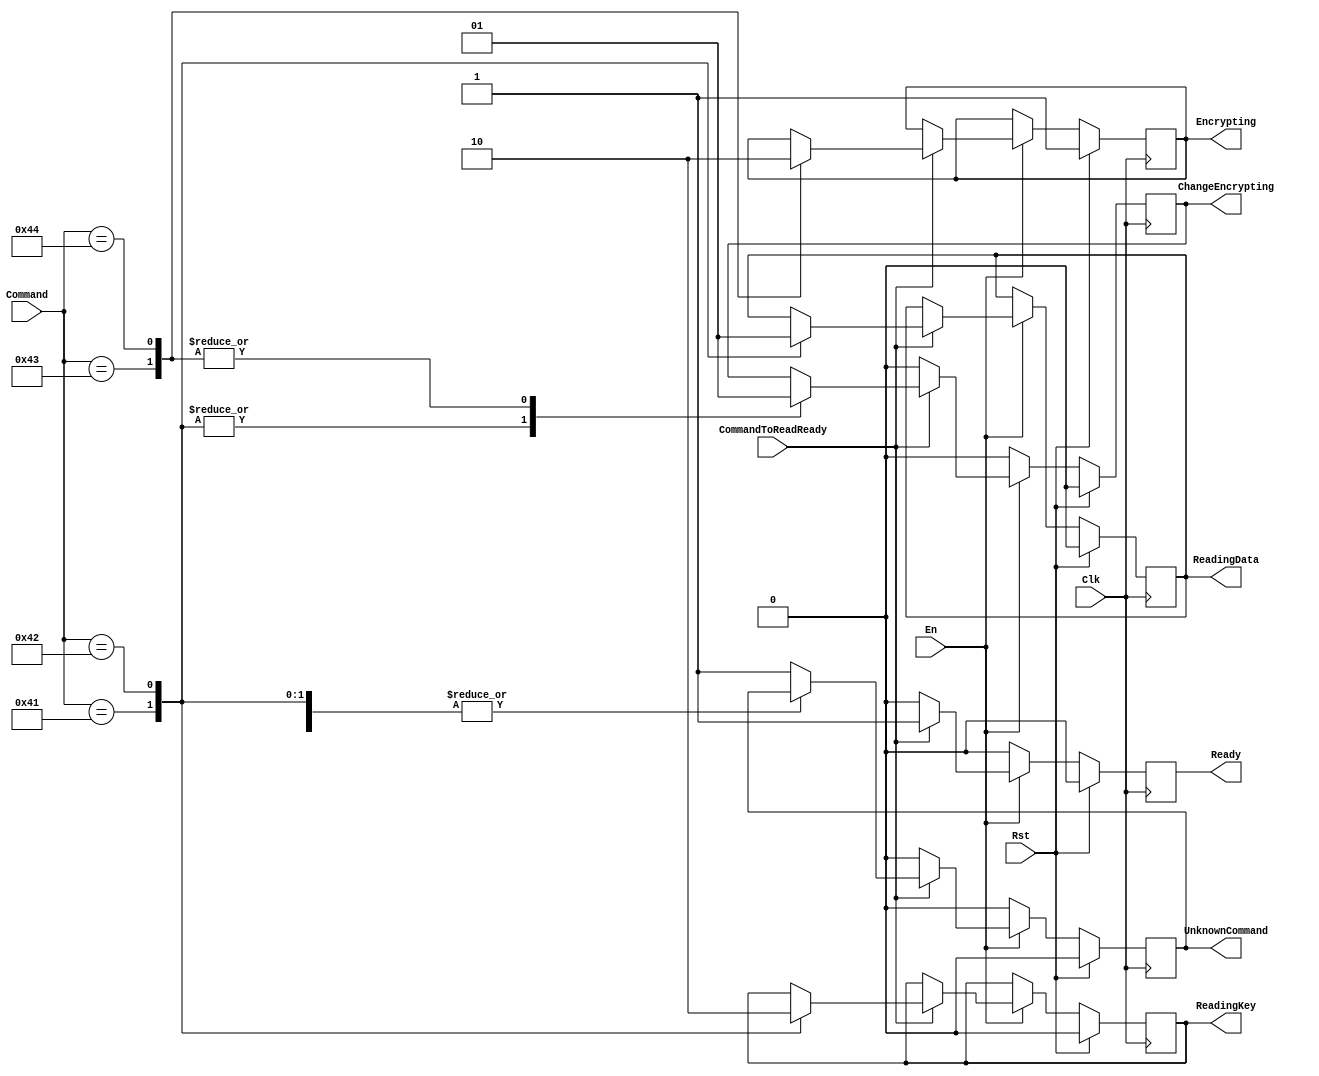
`timescale 1ns / 1ps
//////////////////////////////////////////////////////////////////////////////////
// Company: 
// Engineer: 
// 
// Design Name: 
// Module Name:    ReadCommand 
// Project Name: 
// Target Devices: 
// Tool versions: 
// Description: 
//
// Dependencies: 
//
// Revision: 
// Revision 0.01 - File Created
// Additional Comments: 
//
//////////////////////////////////////////////////////////////////////////////////
module ReadCommand(
    input [7:0] Command,
    input CommandToReadReady,
    output reg ReadingKey,
    output reg ReadingData,
    output reg Encrypting,
    output reg Ready,
    output reg ChangeEncrypting,
    output reg UnknownCommand,
    input En,
	input Clk,
	input Rst
    );

    always @(negedge Clk) begin
        if (Rst) begin
            ReadingKey = 1'b0;
            ReadingData = 1'b0;
            Encrypting = 1'b1;
            Ready = 1'b0;
            ChangeEncrypting = 1'b0;
            UnknownCommand = 1'b0;
        end
        else if (En == 1'b1) begin
            if (CommandToReadReady == 1'b1) begin
                case (Command)
                    8'h41  : begin   // A
                        ReadingData = 1'b0;
                        ReadingKey = 1'b1;
                        ChangeEncrypting = 1'b0;
                    end
                    8'h42  : begin   // B
                        ReadingKey = 1'b0;
                        ReadingData = 1'b1;
                        ChangeEncrypting = 1'b0;
                    end
                    8'h43  : begin   // C
                        Encrypting = 1'b1;
                        ChangeEncrypting = 1'b1;
                    end
                    8'h44  : begin   // D
                        Encrypting = 1'b0;
                        ChangeEncrypting = 1'b1;
                    end
                    default: begin
                        UnknownCommand = 1'b1;
                    end
                endcase
                Ready = 1'b1;
            end
            else begin
                Ready = 1'b0;
                ChangeEncrypting = 1'b0;
                UnknownCommand = 1'b0;
            end
        end
        else begin
            Ready = 1'b0;
            ChangeEncrypting = 1'b0;
            UnknownCommand = 1'b0;
        end
    end


endmodule